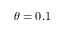
\theta = 0 . 1